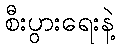
စီးပွားရေးနဲ့